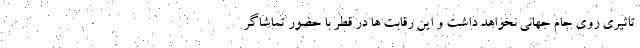
تاثیری روی جام جهانی نخواهد داشت و این رقابت ها در قطر با حضور تماشاگر